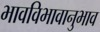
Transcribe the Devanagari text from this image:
भावविभावानुभाव